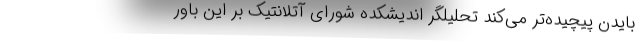
بایدن پیچیده‌تر می‌کند تحلیلگر اندیشکده شورای آتلانتیک بر این باور